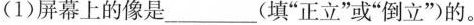
(1)屏幕上的像是___(填”正立”或”倒立”)的。